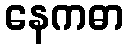
နေကဓာ